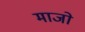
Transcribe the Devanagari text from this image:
माजो